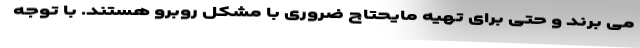
می برند و حتی برای تهیه مایحتاج ضروری با مشکل روبرو هستند. با توجه